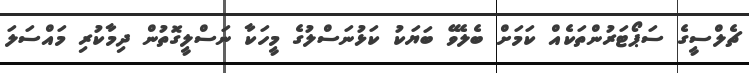
ޗެލްސީގެ ސަޕޯޓަރުންތަކެއް ކަމަށް ބެލެވޭ ބަޔަކު ކަޅުނަސްލުގެ މީހަކާ ނަސްލީގޮތުން ދިމާކުރި މައްސަލަ